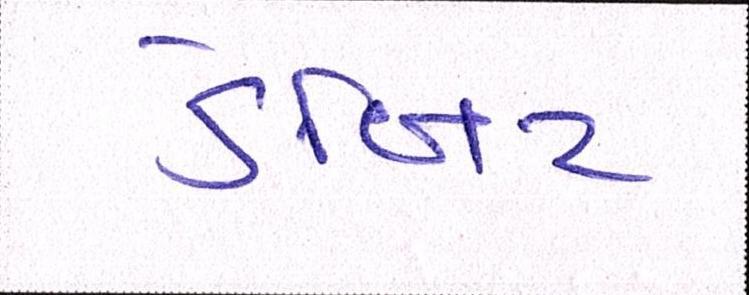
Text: ડેબિટ